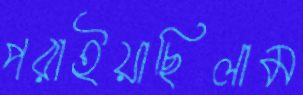
পরাইয়াছিলাম